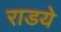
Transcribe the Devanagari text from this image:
राडये